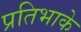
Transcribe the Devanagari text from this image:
प्रतिभाके